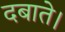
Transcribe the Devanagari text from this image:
दबाते।